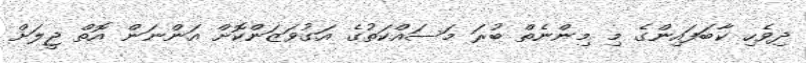
ދިވެހި ކާބަފައިންގެ މި މިންނެތް ބުރަ މަސައްކަތުގެ އަގުވަޒަންކޮށް އަންނަން އޮތް ޖީލަށް